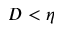
D < \eta